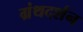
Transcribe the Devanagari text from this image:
ग्रंथदर्शन